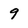
Character: 9